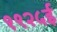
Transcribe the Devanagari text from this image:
१९२५ई